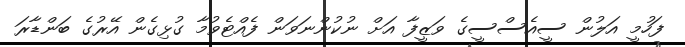
ފަހުމީ އަލުން ސީއެސްސީގެ ވަޒީފާ އަށް ނުކުންނަވަން ފެއްޓެވުމާ ގުޅިގެން އޭރުގެ ބަންޑާރަ